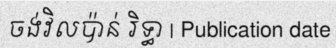
ចង់វិលប៉ាន់ រិទ្ធា | Publication date